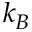
k _ { B }